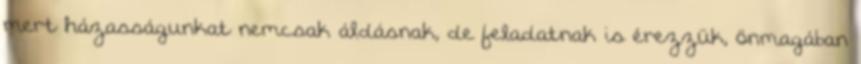
mert házasságunkat nemcsak áldásnak, de feladatnak is érezzük, önmagában